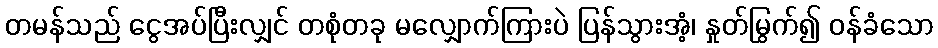
တမန်သည် ငွေအပ်ပြီးလျှင် တစုံတခု မလျှောက်ကြားပဲ ပြန်သွားအံ့၊ နှုတ်မြွက်၍ ဝန်ခံသော